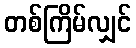
တစ်ကြိမ်လျှင်